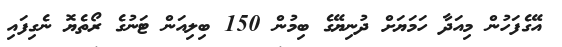
އޭގެފަހުން މިއަދާ ހަމަޔަށް ދުނިޔޭގެ ބިމުން 150 ބިލިއަން ޓަނުގެ ރޯތެޔޮ ނެގިފައި